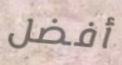
أفضل